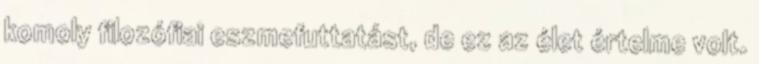
komoly filozófiai eszmefuttatást, de ez az élet értelme volt.